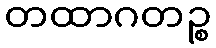
တထာဂတဉ္စ